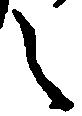
之